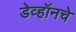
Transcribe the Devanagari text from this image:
डेव्हॉनचे